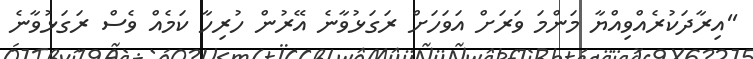
''އިރާދަކުރެއްވިއްޔާ މަންމަ ވަރަށް އަވަހަށް ރަގަޅުވާނެ އޭރުން ހުރިހާ ކަމެއް ވެސް ރަގަޅުވާނެ